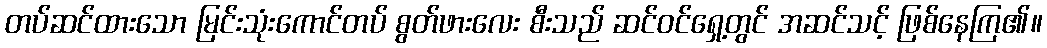
တပ်ဆင်ထားသော မြင်းသုံးကောင်တပ် စွတ်ဖားလေး စီးသည် ဆင်ဝင်ရှေ့တွင် အဆင်သင့် ဖြစ်နေကြ၏။